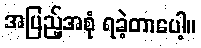
အပြည့်အစုံ ရခဲ့တာပေါ့။